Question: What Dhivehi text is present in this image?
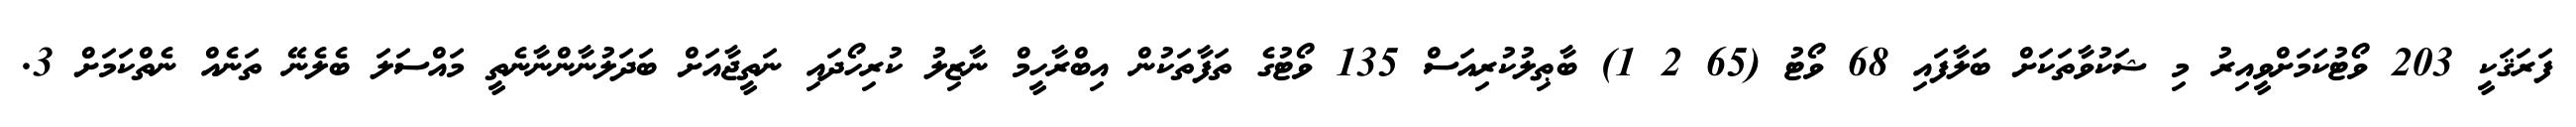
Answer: ފަރަޤަކީ 203 ވޯޓުކަމަށްވީއިރު މި ޝަކުވާތަކަށް ބަލާފައި 68 ވޯޓު (65 2 1) ބާޠިލުކުރިއަސް 135 ވޯޓުގެ ތަފާތަކުން އިބްރާހީމް ނާޒިލު ކުރިހޯދައި ނަތީޖާއަށް ބަދަލުނާންނާނެތީ މައްސަލަ ބެލެނޭ ތަނެއް ނެތްކަމަށް 3.